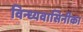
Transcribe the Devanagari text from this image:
विन्ध्यवासिनीका